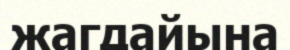
жагдайына